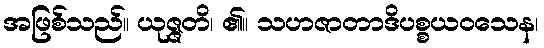
အဖြစ်သည်။ ယုဇ္ဇတိ၊ ၏။ သဟဇာတာဒိပစ္စယဝသေန၊